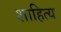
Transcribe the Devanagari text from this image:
शाहित्य